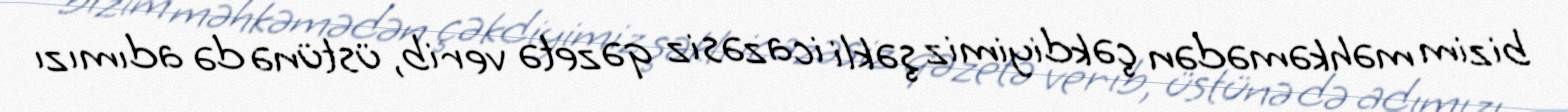
bizim məhkəmədən çəkdiyimiz şəkli icazəsiz qəzetə verib, üstünə də adımızı